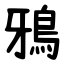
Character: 鴉